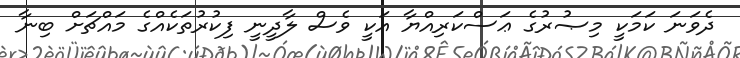
ދެވަނަ ކަމަކީ މިޞުރުގެ ޢަސްކަރިއްޔާ އަކީ ވެސް ލާދީނީ ފިކުރުތަކެއްގެ މައްޗަށް ބިނާ